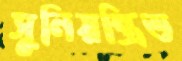
সুনিয়ন্ত্রিত